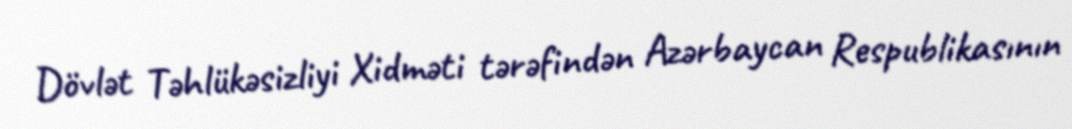
Dövlət Təhlükəsizliyi Xidməti tərəfindən Azərbaycan Respublikasının